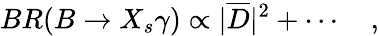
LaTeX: BR(B\to X_{s}\gamma)\propto|\overline{{{D}}}|^{2}+\cdots\quad,